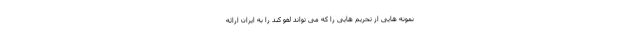
نمونه هایی از تحریم هایی را که می تواند لغو کند را به ایران ارائه